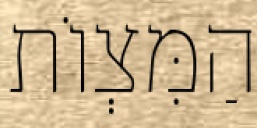
הַמִּצְוֹת